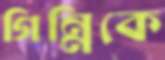
গিন্নিকে